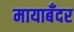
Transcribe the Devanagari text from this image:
मायाबँदर